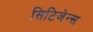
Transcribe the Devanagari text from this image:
सिटिजेन्स